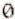
0